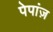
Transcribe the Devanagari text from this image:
पेपांज़